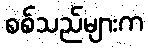
စစ်သည်များက